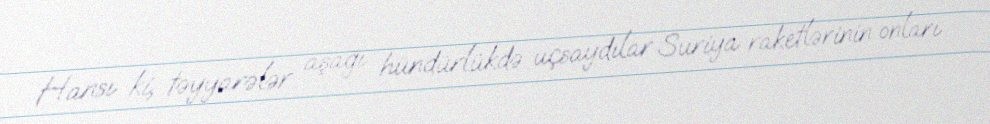
Hansı ki, təyyarələr aşağı hündürlükdə uçsaydılar Suriya raketlərinin onları